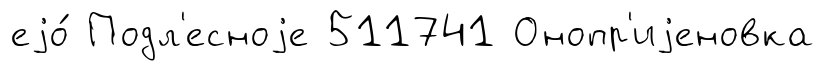
еjо́ Подл'есноjе 511741 Онопр'иjеновка